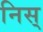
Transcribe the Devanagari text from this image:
निस्‌